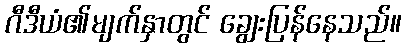
ဂီဒီယံ၏မျက်နှာတွင် ချွေးပြန်နေသည်။